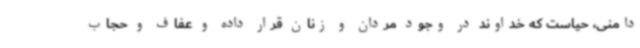
دامنی، حیاست که خداوند در وجود مردان و زنان قرار داده و عفاف و حجاب